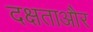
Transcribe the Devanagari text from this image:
दक्षताऔर